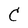
Character: C